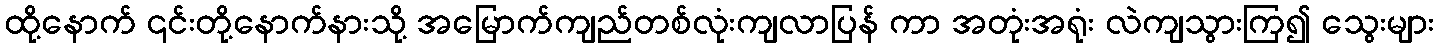
ထို့နောက် ၎င်းတို့နောက်နားသို့ အမြောက်ကျည်တစ်လုံးကျလာပြန် ကာ အတုံးအရုံး လဲကျသွားကြ၍ သွေးများ